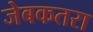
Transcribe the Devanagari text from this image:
जेबकतरा